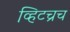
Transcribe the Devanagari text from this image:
व्हिटच्रच